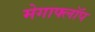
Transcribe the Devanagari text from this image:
मेगाफ्लॉप